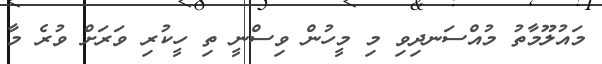
މައުލޫމާތު މުއްސަނދިވި މި މީހުން ވިސްނީ ތި ހީކުރި ވަރަށް ވުރެ މާ